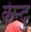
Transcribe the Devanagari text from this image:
केन्दु